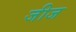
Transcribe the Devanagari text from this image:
जीज